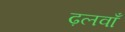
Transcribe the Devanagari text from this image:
ढ़लवाँ